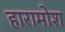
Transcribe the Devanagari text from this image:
हारामोश